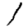
Digit: 1